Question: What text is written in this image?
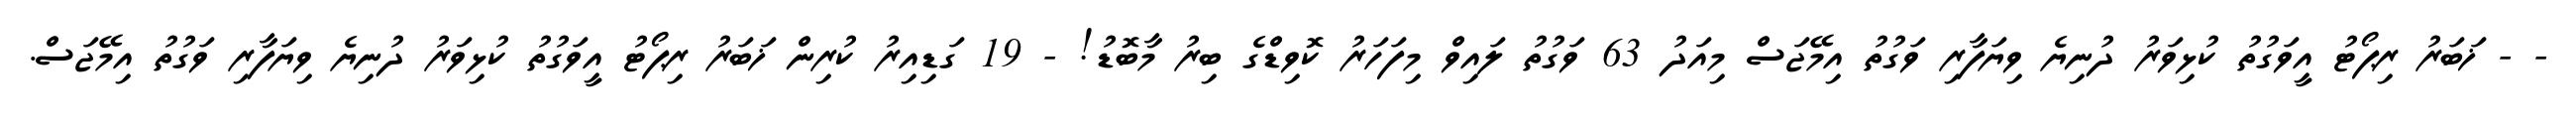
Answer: - - ޚަބަރު ރިޕޯޓު އީވަގުތު ކުޅިވަރު ދުނިޔެ ވިޔަފާރި ވަގުތު އިމޭޖަސް މިއަދު 63 ވަގުތު ލައިވް މިފަހަރު ކޮވިޑްގެ ބިރު މާބޮޑު! - 19 ގަޑިއިރު ކުރިން ޚަބަރު ރިޕޯޓު އީވަގުތު ކުޅިވަރު ދުނިޔެ ވިޔަފާރި ވަގުތު އިމޭޖަސް.